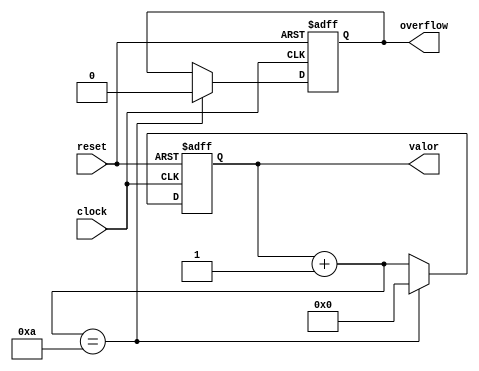
module contadorBCD(clock, valor, overflow, reset);
    output[3:0] valor;
    output overflow;
    reg[3:0] valor;
    reg overflow;
    input clock;
    input reset;

    always @(posedge clock or posedge reset) begin
        if(reset) begin
            valor = 0;
				overflow = 0;
        end else begin
			  valor = valor + 1;

			  if(valor==10) begin
					valor = 0;
					overflow = 1;
					overflow = 0;
			  end
		  end

    end

endmodule